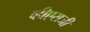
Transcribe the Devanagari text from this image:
व्हीएसजी